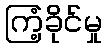
ကြံ့ခိုင်မှု